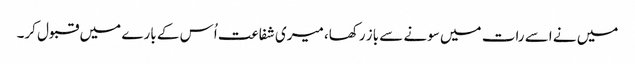
میں نے اسے رات میں سونے سے باز رکھا، میری شفاعت اُس کے بارے میں قبول کر۔